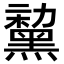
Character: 𪑤